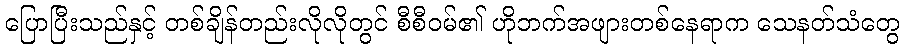
ပြောပြီးသည်နှင့် တစ်ချိန်တည်းလိုလိုတွင် စီစီဝမ်၏ ဟိုဘက်အဖျားတစ်နေရာက သေနတ်သံတွေ